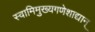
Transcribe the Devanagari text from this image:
स्वामिमुख्यगणेशाद्यान्